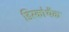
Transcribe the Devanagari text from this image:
डिस्कोथैक